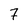
Character: 7